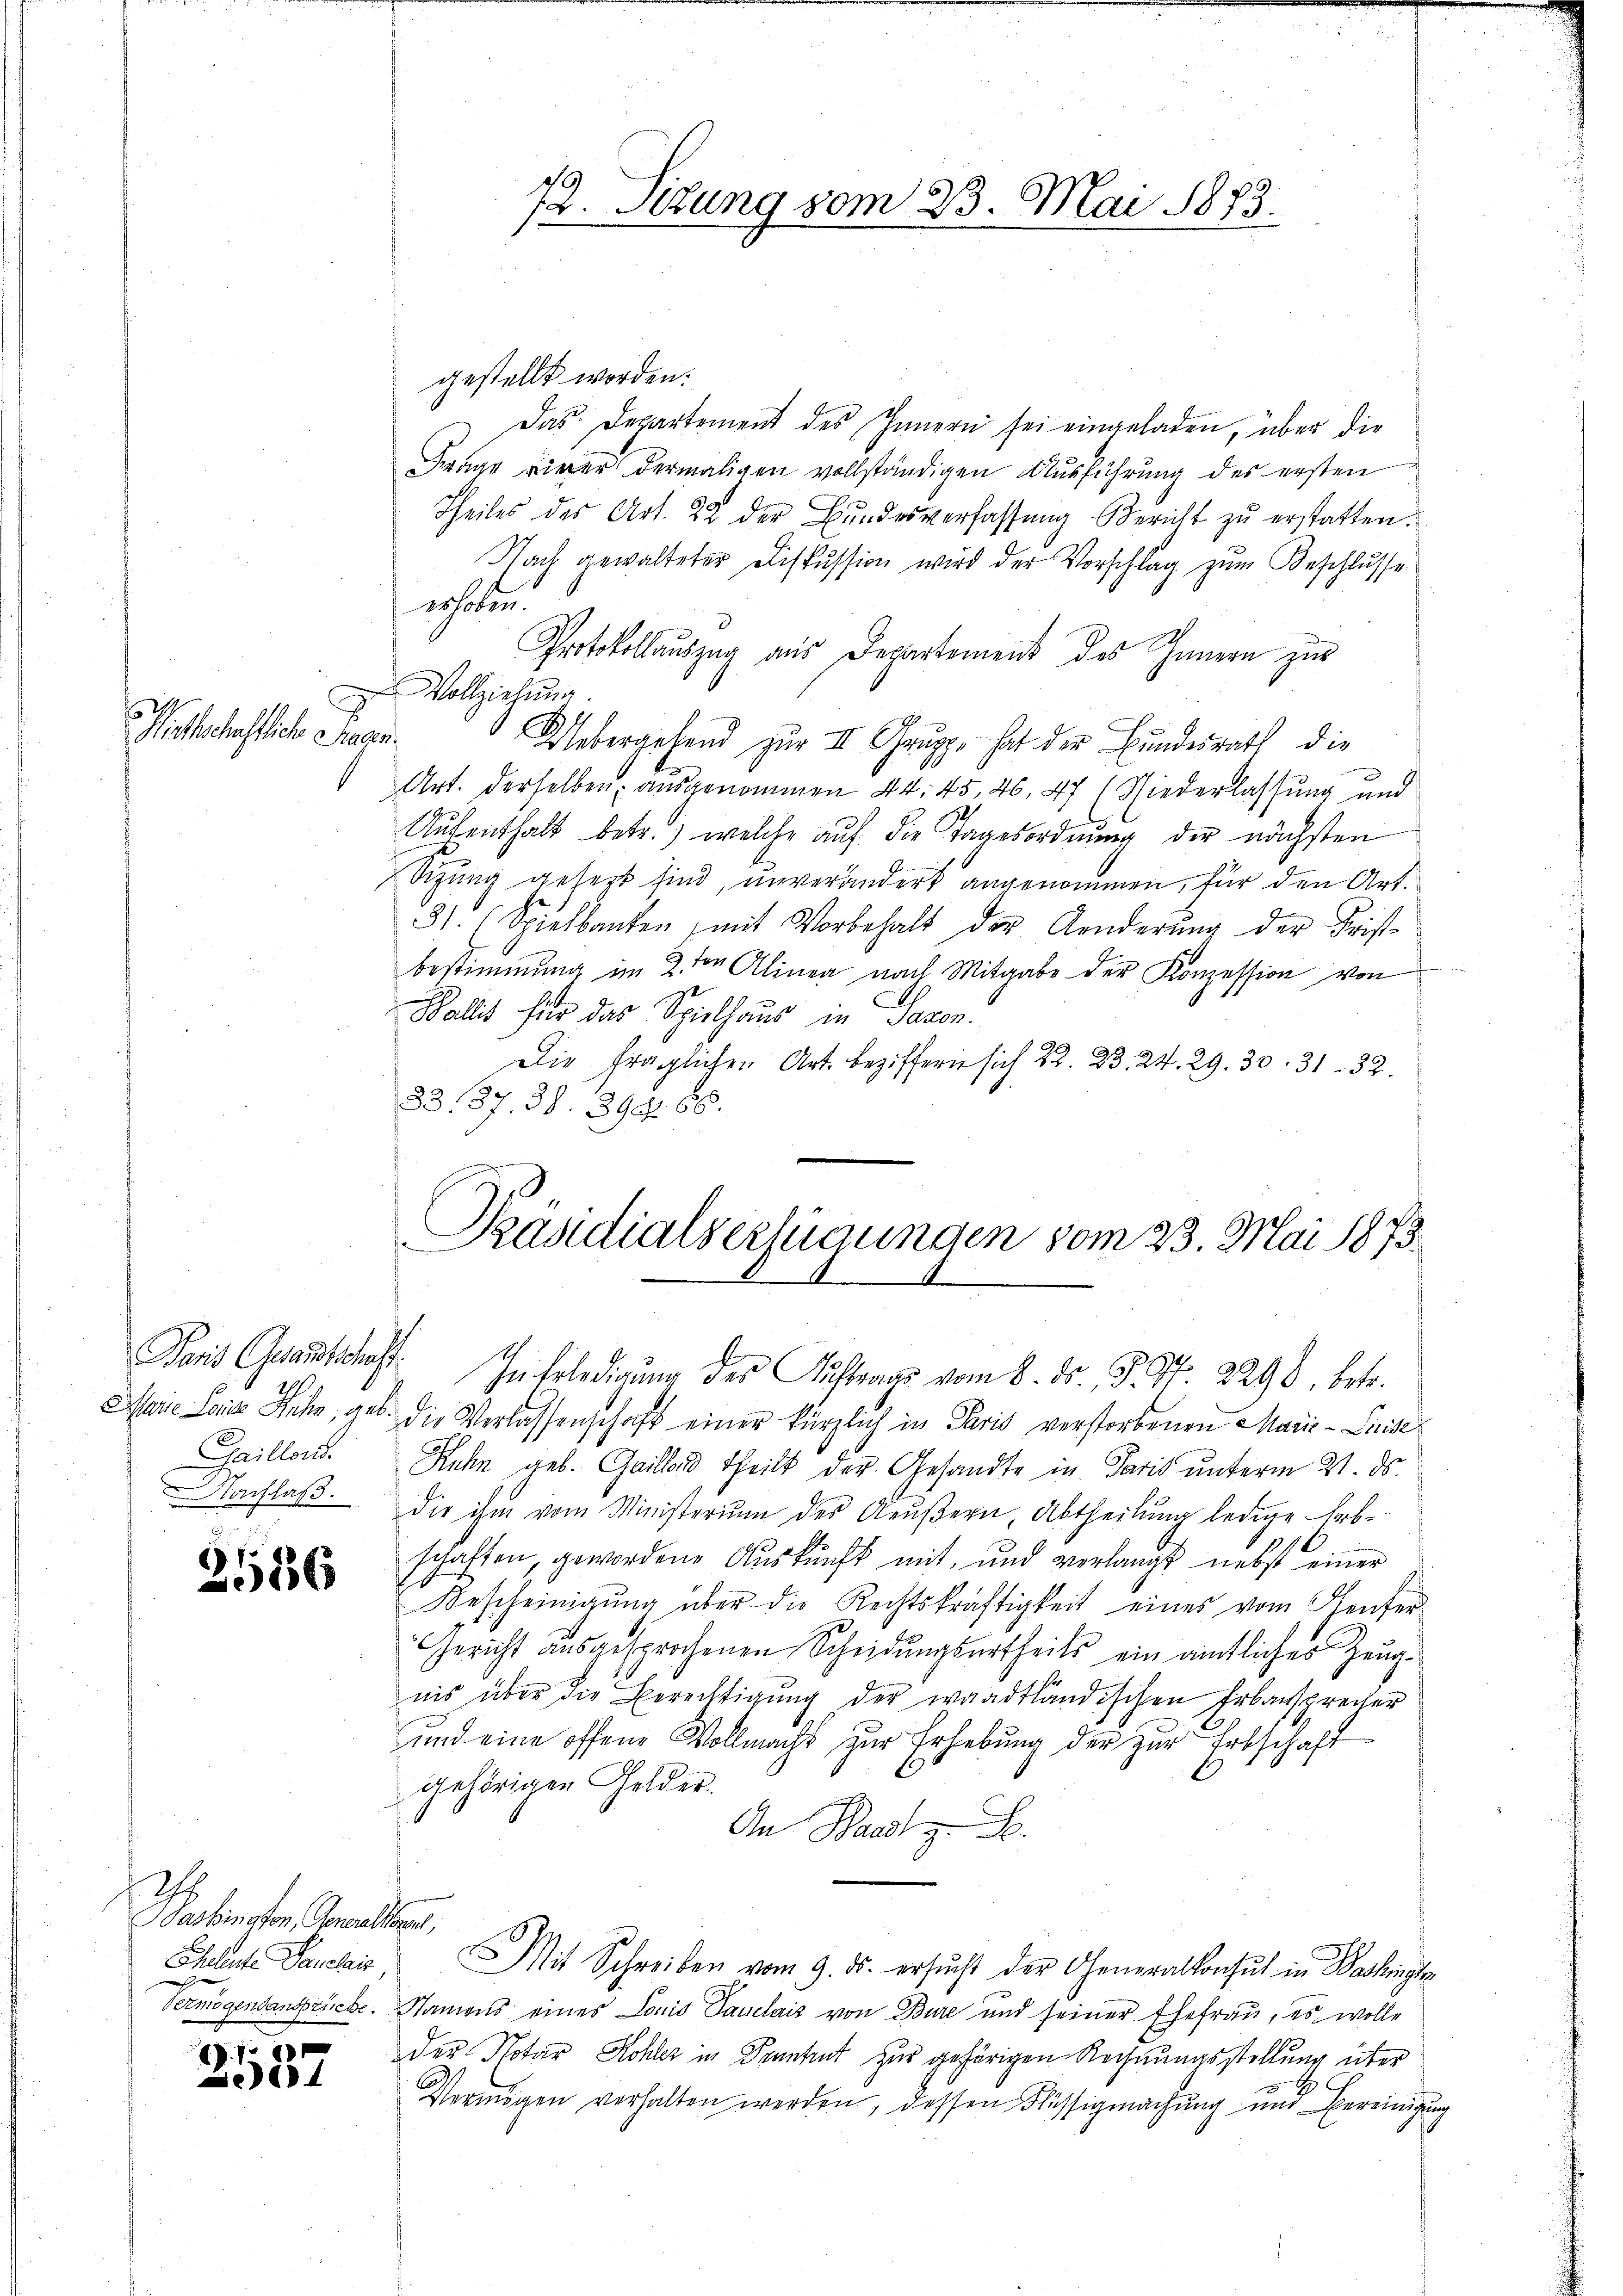
d

Wirthschaftliche Fragen

31836

Hchebenster, Gewalten,

1
e

gestellt worden.
Das Departement des Innern sei eingeladen, über die
Frage einer dermaligen vollständigen Ausführung des ersten
Theiles des Art. 22 der Bŭndesverfassŭng Bericht zŭ erstatten.
Nach gewalteter Diskussion wird der Vorschlag zum Beschlusse
erhoben.
Protokollauszug aus Departement des Innern zur
zer Vollziehung.
1
Uebergehend zur II. Gruppe hat der Bundesrath die
Art. derselben; ausgenommen 44. 45, 46, 47 (Niederlassung und
Aufenthalt betr.) welche auf die Tagesordnung der nächsten
Sitzung gesezt sind, unverändert angenommen, für den Art.
51. (Spielbauten (mit Vorbehalt der Aenderung der Fristbestimmung im 2. der Alinea nach Mitgabe der Konzession von
Wallis für das Spielhaus in Saxon.
Die fraglichen Art. beziffern sich 22. B. 24. 29. 30. 31. 32.
83. 37. 38. 894. 66.
h
Prasdialverfügungen vom 23. Mai 1873.

72. Situng vom 23. Mai 1873.

Paris Grandschaft. In Erledigŭng des Antrags vom 8. ds. P. Nr. 2298, betr.

Marie Leide Fehr, geb. Die Verlassenschaft einer kürzlich in Paris verstorbenen Marie-Luise
Gaillons Ruhe geb. Gailland theilt der Gesandte in Paris unterm 21. ds.
Nachlaβ die ihm vom Ministerium des Aeŭβern, Abtheilung ledige Erb-
schaften, gewordene Auskunft mit, und verlangt nebst einer
Bescheinigŭng über die Rechtskräftigkeit eines vom Genfer
Gericht ausgesprochenen Scheidungsurtheils ein amtliches Zeugnis über die Berechtigung der waadtländischen Erbansprecher
und eine offene Vollmacht zur Erhebung der zur Erbschaft
gehörigen Gelder.
An Waadt z. B.
Cheleute Sancti Mit Schreiben vom 9. ds. ersŭcht der Generalkonsul in Bashingen
Vermögensansprüche. Namens eines Louis Sauelais von Bure und seiner Ehefrau, es wolle
der Notar Kohler in Kenntent zur gehörigen Rechnungsstellung über
Vermögen verhalten werden, dessen Flüssigmachung und Bereinigung